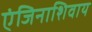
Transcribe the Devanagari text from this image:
एंजिनाशिवाय